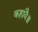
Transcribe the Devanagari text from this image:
कहावै॥